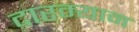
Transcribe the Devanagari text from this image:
दारम्यान